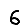
Digit: 6